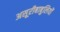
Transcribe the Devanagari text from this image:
असूरीबाबुलियों